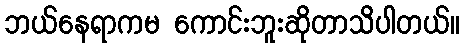
ဘယ်နေရာကမ ကောင်းဘူးဆိုတာသိပါတယ်။